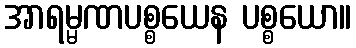
အာရမ္မဏပစ္စယေန ပစ္စယော။